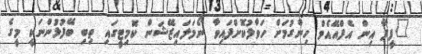
"ފީފާ އިން އެފްއޭއެމް ހިންގުމަށް ހަވާލުކޮށްފައިވާ ނޯމަލައިޒޭޝަން ކޮމިޓީގައި ތިބި ބޭފުޅުންނަކީ މީގެ